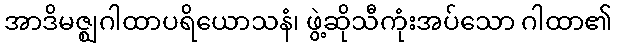
အာဒိမဇ္ဈဂါထာပရိယောသနံ၊ ဖွဲ့ဆိုသီကုံးအပ်သော ဂါထာ၏